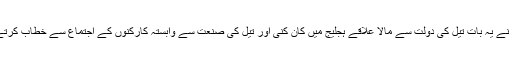
سوڈانی صدر نے یہ بات تیل کی دولت سے مالا علاقے ہجلیج میں کان کنی اور تیل کی صنعت سے وابستہ کارکنوں کے اجتماع سے خطاب کرتے ہوئے کہی۔